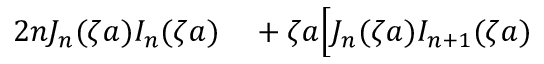
\begin{array} { r l } { 2 n J _ { n } ( \zeta a ) I _ { n } ( \zeta a ) } & { { } + \zeta a \Big [ J _ { n } ( \zeta a ) I _ { n + 1 } ( \zeta a ) } \end{array}